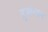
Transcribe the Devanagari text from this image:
द्रूजोत्मन